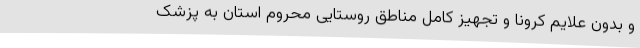
و بدون علایم کرونا و تجهیز کامل مناطق روستایی محروم استان به پزشک